Annual report of the Bengal Veterinary College and of the Civil Veterinary Department, Bengal, for the year 1920-21 - 1920-1921
Year: 1920
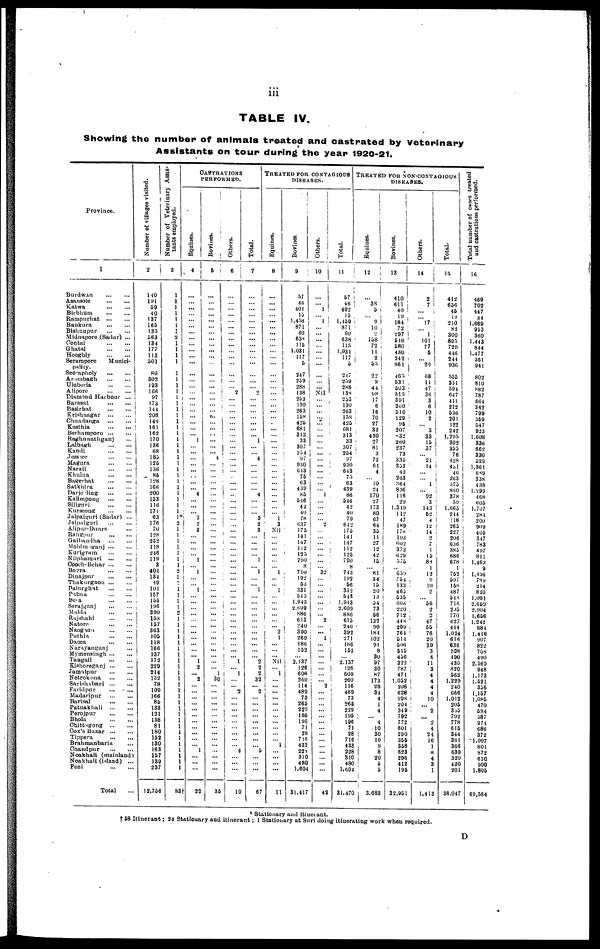
iii
TABLE IV.
Showing the number of animals treated and castrated by Veterinary
Assistants on tour during the year 1920-21.
Province.
1
Burdwan
...
...
Asansole
...
...
Katwa ... ...
Blrbhum ... ...
Rampurhat ... ...
Bankura ... ...
Bishnupur ... ...
Midnapore (Sadar) ...
Contai ... ...
Ghatal ... ...
Hooghly ... ...
Serampore
Munici-
pality.
Seorapholy ... ...
Arambagh
...
...
Uluberia
...
...
Alipore ... ...
Diamond Harbour ...
Barasat
...
...
Basirhat
...
...
Krishnagar
...
...
Chnadanga
...
...
Kusthia
...
...
Berhampore
...
...
Raghunathganj ...
Lalbagh
...
...
Kandi
...
...
Jessore
...
...
Magura
...
...
Narail
...
...
Khulna
...
...
Bagerhat
...
...
Satkbira
...
...
Darjeeling
...
...
Kalimpong
...
...
Siliguri
...
...
Kurseong
...
...
Jalpaiguri (Sadar) ...
Jalpaiguri
...
...
Alipur-Dnars
...
Rangpur
...
...
Gaibandha
...
...
Mohimganj
...
...
Kurigram
...
...
Nilphamari
...
...
Coach-Behar
...
...
Borra
...
...
Dinajpur
...
...
Thakurgaon
...
...
Palurghat
...
...
Pabna
...
...
Bera
...
...
Serajganj
...
...
Malda
...
...
Rajshahi
...
...
Natore
...
...
Naogaon
...
...
Puthia
...
...
Dacca
...
...
Narayanganj ...
Mymensingh
...
...
Tangail
...
...
Kishoreganj
...
...
Jamalpur
...
...
Netrokona
...
...
Sarirshabari
...
...
Faridpur
...
...
Madaripur
...
...
Barisal
...
...
Patuakhali
...
...
Perojpur
...
...
Bhola
...
...
Chittagong
...
...
Cox's Bazar
...
...
Tippera
...
...
Brahmanbaria ...
Chandpur
...
...
Noakhali (mainland)
Noakhali (island)
...
Feni
...
...
Total
Number of villages visited.
2
140
191
59
40
137
165
135
563
134
177
113
501
80
302
193
166
97
173
114
208
148
161
162
170
136
68
185
125
136
85
128
166
200
153
116
171
63
176
70
128
252
118
216
119
3
401
134
49
101
157
155
196
320
153
157
363
105
118
166
137
172
229
214
152
78
109
166
85
133
121
138
81
180
152
130
163
157
139
237
12,756
tants employed.
3
1
1
1
1
1
1
1 2
1
1
1
1
1
1
1
1
1
1 1
1
1
1
1
1
1
1
1
1 1
1
1
1
1
1
1
1 1 2
1
1
1
1 1
1
1 2
1
1 1
1
1 1
1
1
1
1
1
1
1
1
1
1
1
1
1
1
1
1
1
1
1
1
1
1
1
1
1
1
1
83†
CASTRATIONS
PERFORMED.
4
...
...
...
...
...
...
...
...
...
...
...
...
...
...
...
...
...
...
...
...
...
...
...
1
...
...
...
...
...
...
...
...
4
...
...
...
3 2
3
...
...
...
...
1
...
1
...
...
1
...
...
...
...
...
...
...
...
...
...
...
1 2
... 2
...
...
...
...
...
...
...
...
...
...
...
1
...
...
...
22
Bovines.
5
...
...
...
... ...
...
...
...
...
...
...
...
...
...
...
... ...
...
...
...
...
... ...
...
...
... 4
...
...
...
...
...
...
...
...
...
...
...
...
...
...
...
...
...
...
...
...
...
...
...
...
...
...
...
...
...
...
...
...
...
...
...
1
30
...
...
...
...
...
...
...
...
...
...
...
...
...
...
...
35
Others.
6
...
...
...
...
...
...
...
...
...
...
...
...
...
...
... 2
...
...
...
...
...
...
...
...
...
...
...
...
...
...
...
...
...
...
...
...
...
...
...
...
...
...
...
...
...
...
...
...
...
...
...
...
... ...
...
...
...
...
...
...
1
...
1
...
... 2
...
... ...
...
...
...
...
...
...
4
...
...
...
10
Total.
7
...
...
...
...
...
...
...
...
...
...
...
...
...
...
... 2
...
...
...
...
...
...
... 1
4
4
3
2
3
...
"1
1
1
2
2
2
32
... 2
...
...
...
...
...
...
...
...
...
5
...
...
...
67
TREATED FOR CONTAGIOUS
DISEASES.
Equines.
8
...
...
...
...
...
...
...
...
...
...
...
...
...
...
...
...
...
...
...
... ...
... ...
...
...
...
...
...
...
...
...
...
...
...
...
... 1
3
Nil
...
...
...
...
...
... 1
1
2 1
Nil
1
...
... ...
...
...
...
...
...
...
...
1
...
...
...
...
11
Bovines.
9
57
46
401
15
1,458
871
60
639 115
1,031
117
5
247
259
288
138
253
130
263
158
425
681
313
33
307
254
97
930
613
75
63
439
85
546
42
49
78
637
175
141
147
112
125
790
8
710
192
00
331
543
1,943
2,609
886
613
240
390
i
269
186
152
... 2,137
126
608
260
114
489
73
265
229
195
196
71
28
716
432
228
310
480
1,604
31,417
Others.
10
...
... 1
...
1
...
...
...
...
...
... ...
....
...
...
Nil
...
...
...
...
...
...
...
...
...
...
...
...
...
...
...
... 1
...
...
...
... 2
...
...
...
...
...
...
... 32
...
...
...
...
...
...
... 2
...
...
1
... ...
...
...
...
...
...
2 ...
...
...
...
...
...
...
...
...
...
...
...
...
...
42
Total.
11
57
46
402
15
1,459
871
60
638
115
1,031
117
5
247
259
288
138
253
130
263
158
425
681
313
33 i
307
254
97
930
643
75
63
439
86
546
42
40
79
642
175
141
147
112
125
7S0
8
743
192
56
332
543
1,943
2,609
886
615
240
392
271
186
152
... 2,137
126
609
260
116
489
73
265
229
195
196
71 28
716
433
228
310
480
1,604
31,470
TREATED FOR NON-CONTAGIOUS
DISESES
Equines.
12
...
38 5
...
9
10
2
158
72
11
2
55
22
9
44
98
17
6
16
70
27
32
430
27
81
3
72
64
4
10 24
170
27
173
80
67
64
35
11
27
12
42
15
... 81
34
15
20
13
54
73
56
132
90
184
102
91
8
30
97
30
87
173
28
34
4
1
4
... 4
10
30
10 9
8
20
5 5
3,683
Bovines.
13
410
611
40
19
184
72
297
516
580
430
242
861
465
531
503 i
513
391
200
510
129
95 i
207
32
260
237
73
335
353
42
263
264
836
116
29
1,349
112
47
189
178
193
002
372
629
575
... 659
554 133
465
535
606
220
712
448
299
764
514
506 545
456
322
787
471
1,052
208
628
998 204
349
792
772
601
290
355
358
623
296
412
195
32,951
Others.
14
2
7
...
...
17 ...
1 101
77
5
... 29
68
1 1
47 i
36
3
6
10 2
...
3
33
15
37
21
14
...
... 1
92 3 i
143
52
4
12
14
2
7
1
15
88
1
9
10
2
56
2 2
47
55
76
20
39
3
4
11
3
4
4
4
4
10
...
2
...
2 4
24
16
1
8 4
3
1
1,413
Total.
15
412
656
45
19
210
82
300
805
729
446
244
936
555
551
594
647
411
212
536
201
122
242
1,295
302
355
76
428
451
46
263
375
860
378
59
1,665 I
244
118
265
227
206
636
385
686
678
1
752
597
158
487
548
716
295
770
627
444
1,024
636
636
556
490
430
820
562
1,229
240
666
1,012
205
355
792
778
615
344
381
368
639
320
420
201
38,047
Total number
of cases treated
and
castrations performed.
16
469
702
447
34
1,669
953
360
1,443
844
1,477
361
941
802
810
882
787
664
342
799
359
547
923
1,608
336
662
330
529
1,361
689 338
438
1,299
468
605
1,707
284
200
909
405
347
783
497
811
1,469
9
1,496
789
214
820
1,091
2,659
2,904
1,656
1,242
684
1,416
907
822
708
490
2,569
948
1,173
1,521
356
1,157
1,085
470
534
987
974
686
372
1,097
801
872
630
900
1,805
69,584
Stationary and itinerant.
†58 Itinerant; 24 Stationary and itinerant; 1 Stationary at Suri doing itinerating work when required.
D